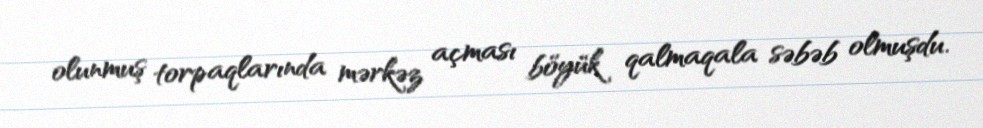
olunmuş torpaqlarında mərkəz açması böyük qalmaqala səbəb olmuşdu.